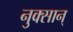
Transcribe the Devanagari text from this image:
नुक्सान्